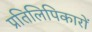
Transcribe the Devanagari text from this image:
प्रतिलिपिकारों